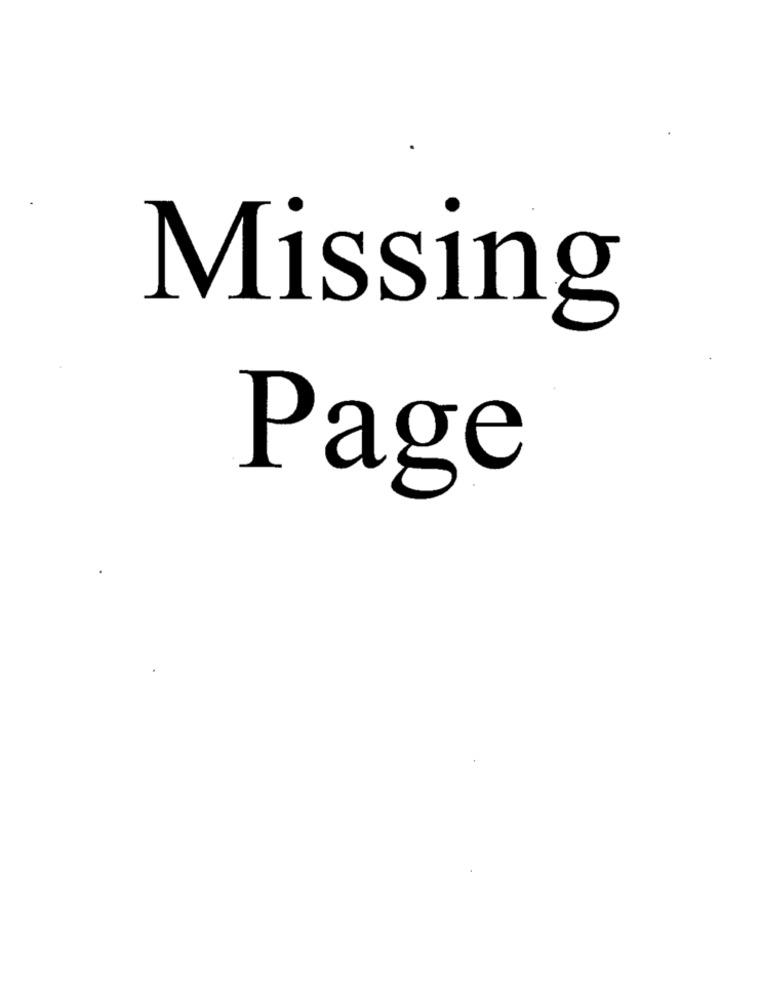
Missing
Page